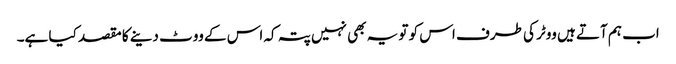
اب ہم آتے ہیں ووٹر کی طرف اس کو تو یہ بھی نہیں پتہ کہ اس کے ووٹ دینے کا مقصد کیا ہے۔